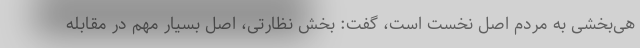
هی‌بخشی به مردم اصل نخست است، گفت: بخش نظارتی، اصل بسیار مهم در مقابله